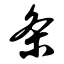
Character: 条